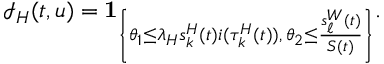
\mathcal { I } _ { H } ( t , u ) = \mathbf { 1 } _ { \left\{ \theta _ { 1 } \leq \lambda _ { H } s _ { k } ^ { H } ( t ) i ( \tau _ { k } ^ { H } ( t ) ) , \, \theta _ { 2 } \leq \frac { s _ { \ell } ^ { W } ( t ) } { S ( t ) } \right\} } .